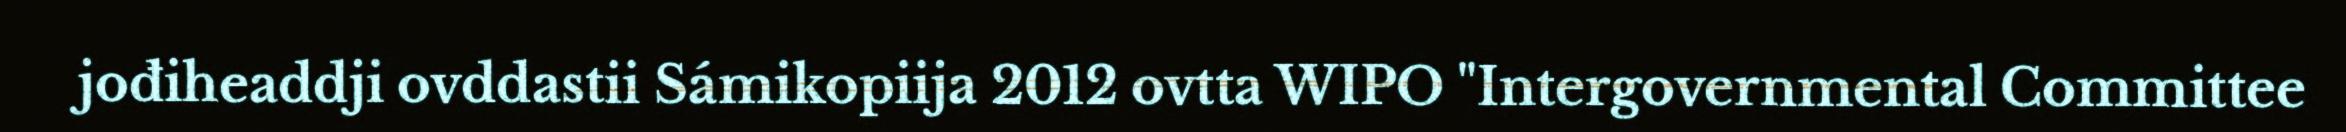
jođiheaddji ovddastii Sámikopiija 2012 ovtta WIPO "Intergovernmental Committee